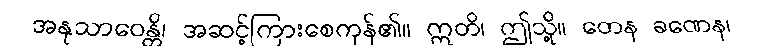
အနုသာဝေန္တိ၊ အဆင့်ကြားစေကုန်၏။ ဣတိ၊ ဤသို့။ တေန ခဏေန၊